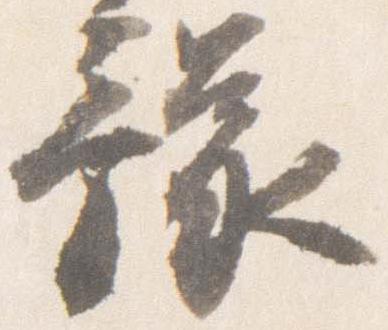
豫